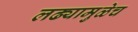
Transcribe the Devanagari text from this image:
लढ्यामुळेच